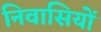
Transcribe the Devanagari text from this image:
निवासियोँ